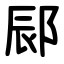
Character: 䣅